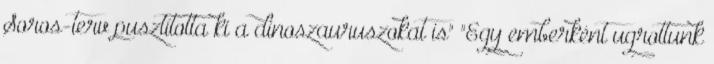
Soros-terv pusztította ki a dinoszauruszokat is" "Egy emberként ugrottunk